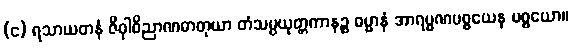
(င) ရသာယတနံ ဇိဝှါဝိညာဏဓာတုယာ တံသမ္ပယုတ္တကာနဉ္စ ဓမ္မာနံ အာရမ္မဏပစ္စယေန ပစ္စယော။